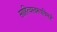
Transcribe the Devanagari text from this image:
साहित्यस्वरूपविमर्श